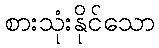
စားသုံးနိုင်သော